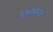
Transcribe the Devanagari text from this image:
५६७३३०